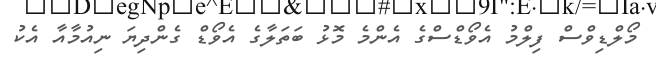
މޯލްޑިވްސް ފިލްމު އެވޯޑްސްގެ އެންމެ މޮޅު ބަތަލާގެ އެވޯޑް ގެންދިޔަ ނިއުމާއާ އެކު